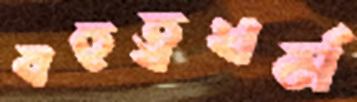
বহুত্বধর্ম